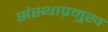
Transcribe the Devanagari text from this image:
संस्थाप्रमुख